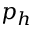
p _ { h }